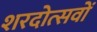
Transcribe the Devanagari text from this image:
शरदोत्सवों